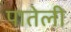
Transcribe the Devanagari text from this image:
पातेली